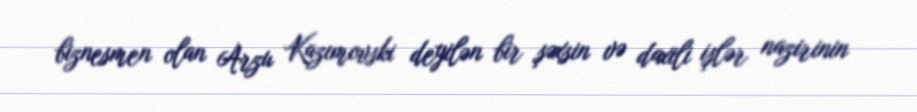
biznesmen olan Arzu Kazımovski deyilən bir şəxsin və daxili işlər nazirinin